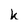
Character: k